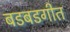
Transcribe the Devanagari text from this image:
बडबडगीत